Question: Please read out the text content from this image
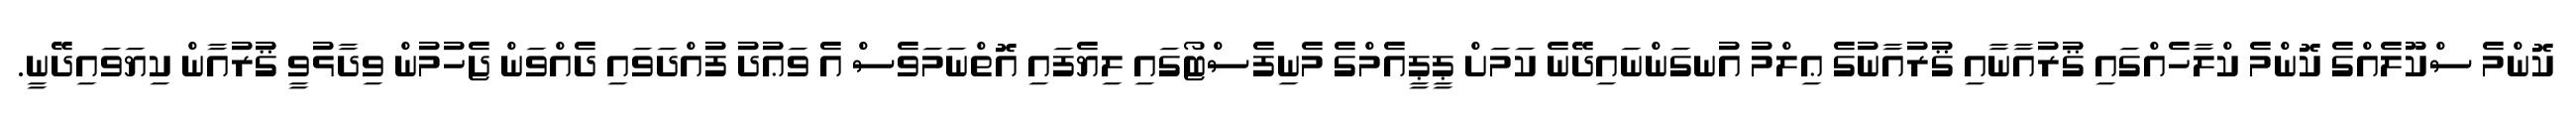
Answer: ކޮންމެ ސްކޫލެއްގެ ކޮންމެ ކްލާހެއްގައި ޤުރުއާނާއި ޤުރުއާނުގެ ޢިލްމު އުނގަންނައިދޭނެ ކަމަށް ޕީޕީއެމްގެ މެނިފެސްޓޯގައި ލިޔެފައި އޮތްނަމަވެސް އެ ވަޢުދު ފުއްދަވައި ދެއްވަން ޖެހުމުން ވިދާޅުވީ ޤުރުއާން ކިޔަވައިދޭނީ.